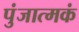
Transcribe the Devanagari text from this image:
पुंजात्मकं